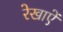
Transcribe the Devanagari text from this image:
रेखाऐं